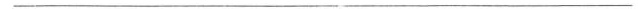
___